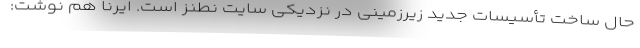
حال ساخت تأسیسات جدید زیرزمینی در نزدیکی سایت نطنز است. ایرنا هم نوشت: